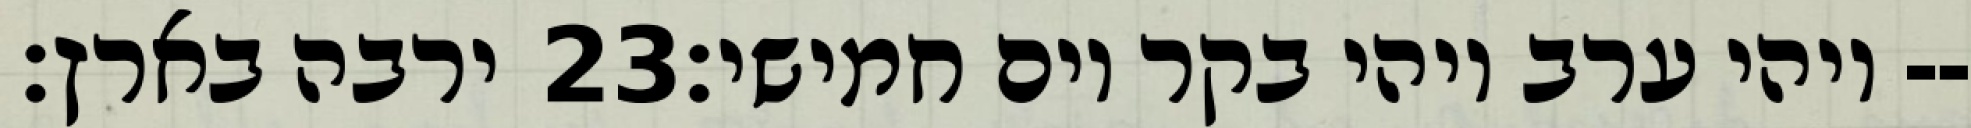
ירבה בארץ׃ ‎23‏ ויהי ערב ויהי בקר יום חמישי׃--